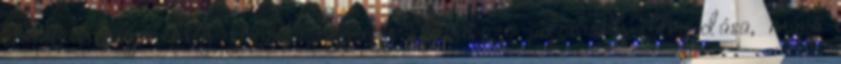
életét. Először még zavarta egy-egy szánakozó adomány elfogadása, mára